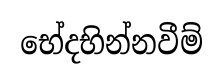
භේදභින්නවීම්